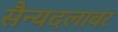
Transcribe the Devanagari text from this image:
सैन्यदलावर